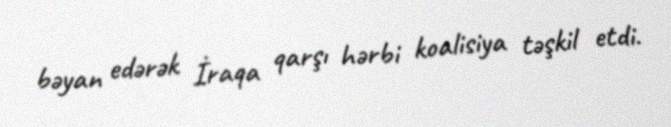
bəyan edərək İraqa qarşı hərbi koalisiya təşkil etdi.